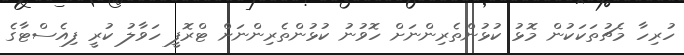
ހުރިހާ މެޗުތަކަކުން މޮޅު ކުޅުންތެރިންނަށް ހޮވުނު ކުޅުންތެރިންނަށް ޓްރޮފީ ހަވާލު ކުރީ ފިއެސްޓާގެ